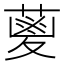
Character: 𮐭